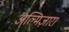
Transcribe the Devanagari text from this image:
अल्मिज़ारा